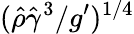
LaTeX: (\hat{\rho}\hat{\gamma}^{3}/g^{\prime})^{1/4}